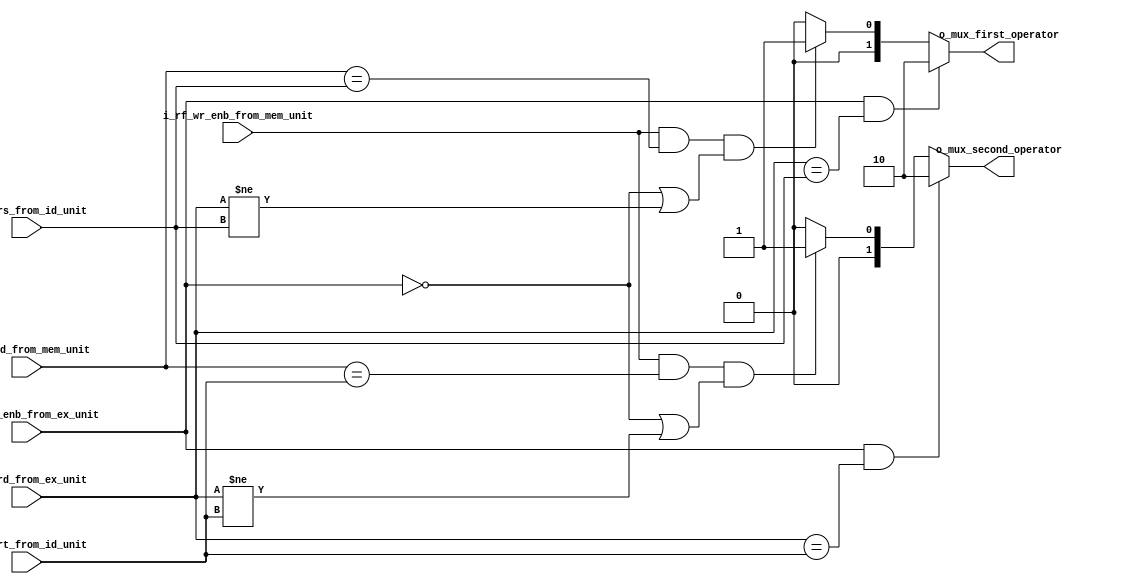
`timescale 1ns/100ps

module forwarding_unit
#(
    parameter                           NB_ADDR                 = 5,
    parameter                           NB_DATA                 = 2**NB_ADDR,
    parameter                           NB_MUX_SEL              = 2
)
(
    //Outputs
    output wire [NB_MUX_SEL-1   : 0]    o_mux_first_operator,
    output wire [NB_MUX_SEL-1   : 0]    o_mux_second_operator,
    //Inputs
    input wire  [NB_ADDR-1      : 0]    i_rf_rs_from_id_unit,
    input wire  [NB_ADDR-1      : 0]    i_rf_rt_from_id_unit,
    input wire  [NB_ADDR-1      : 0]    i_rf_rd_from_ex_unit,
    input wire  [NB_ADDR-1      : 0]    i_rf_rd_from_mem_unit,
    input wire                          i_rf_wr_enb_from_ex_unit,
    input wire                          i_rf_wr_enb_from_mem_unit
);

    localparam                          FORWARD_EX_HZRD         = 2'b10;
    localparam                          FORWARD_MEM_HZRD        = 2'b01;
    localparam                          DEFAULT_SEL_VALUE       = 2'b00;

    reg         [NB_MUX_SEL-1   : 0]    mux_a;
    reg         [NB_MUX_SEL-1   : 0]    mux_b;

    always @ (*)
    begin
        if(i_rf_wr_enb_from_ex_unit & (i_rf_rd_from_ex_unit == i_rf_rs_from_id_unit))
            mux_a = FORWARD_EX_HZRD;
        else if((i_rf_wr_enb_from_mem_unit & (i_rf_rd_from_mem_unit == i_rf_rs_from_id_unit)) & (!i_rf_wr_enb_from_ex_unit | i_rf_rd_from_ex_unit != i_rf_rs_from_id_unit))
            mux_a = FORWARD_MEM_HZRD;
        else
            mux_a = DEFAULT_SEL_VALUE;
        

        if(i_rf_wr_enb_from_ex_unit & (i_rf_rd_from_ex_unit == i_rf_rt_from_id_unit))
            mux_b = FORWARD_EX_HZRD;
        else if((i_rf_wr_enb_from_mem_unit & (i_rf_rd_from_mem_unit == i_rf_rt_from_id_unit)) & (!i_rf_wr_enb_from_ex_unit | (i_rf_rd_from_ex_unit != i_rf_rt_from_id_unit)))
            mux_b = FORWARD_MEM_HZRD;
        else
            mux_b = DEFAULT_SEL_VALUE;            
    end

    //Outputs assignment
    assign                              o_mux_first_operator    = mux_a;
    assign                              o_mux_second_operator   = mux_b;

endmodule